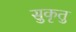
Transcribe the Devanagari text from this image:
सुकृतु